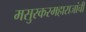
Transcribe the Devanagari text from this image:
मसुरकरमहाराजांची